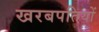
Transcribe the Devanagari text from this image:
खरबपतियों